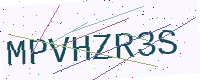
Text: MPVHZR3S